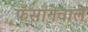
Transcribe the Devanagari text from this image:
फँसानेवाले